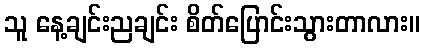
သူ နေ့ချင်းညချင်း စိတ်ပြောင်းသွားတာလား။